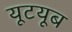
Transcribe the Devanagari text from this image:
यूटयूब